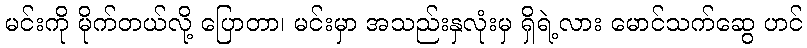
မင်းကို မိုက်တယ်လို့ ပြောတာ၊ မင်းမှာ အသည်းနှလုံးမှ ရှိရဲ့လား မောင်သက်ဆွေ ဟင်